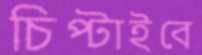
চিপ্‌টাইবে